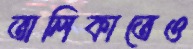
তালিকাতেও